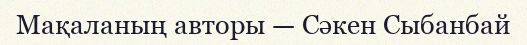
Мақаланың авторы — Сәкен Сыбанбай